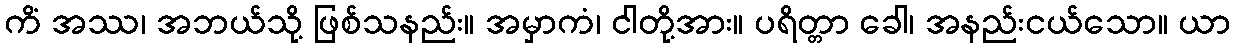
ကိံ အဿ၊ အဘယ်သို့ ဖြစ်သနည်း။ အမှာကံ၊ ငါတို့အား။ ပရိတ္တာ ခေါ၊ အနည်းငယ်သော။ ယာ